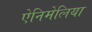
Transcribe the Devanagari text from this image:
ऐनिमेलिया